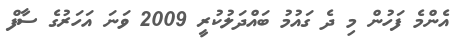
އެންމެ ފަހުން މި ދެ ގައުމު ބައްދަލުކުރީ 2009 ވަނަ އަހަރުގެ ސާފް